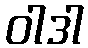
ဝါဒါ